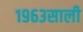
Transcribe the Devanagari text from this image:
१९६३साली